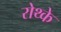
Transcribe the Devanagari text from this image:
रोथ्के